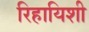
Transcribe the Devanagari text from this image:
रिहायिशी